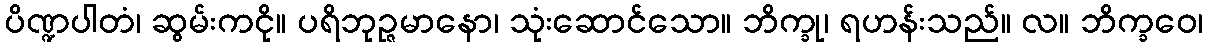
ပိဏ္ဍပါတံ၊ ဆွမ်းကငို။ ပရိဘုဉ္ဇမာနော၊ သုံးဆောင်သော။ ဘိက္ခု၊ ရဟန်းသည်။ လ။ ဘိက္ခဝေ၊